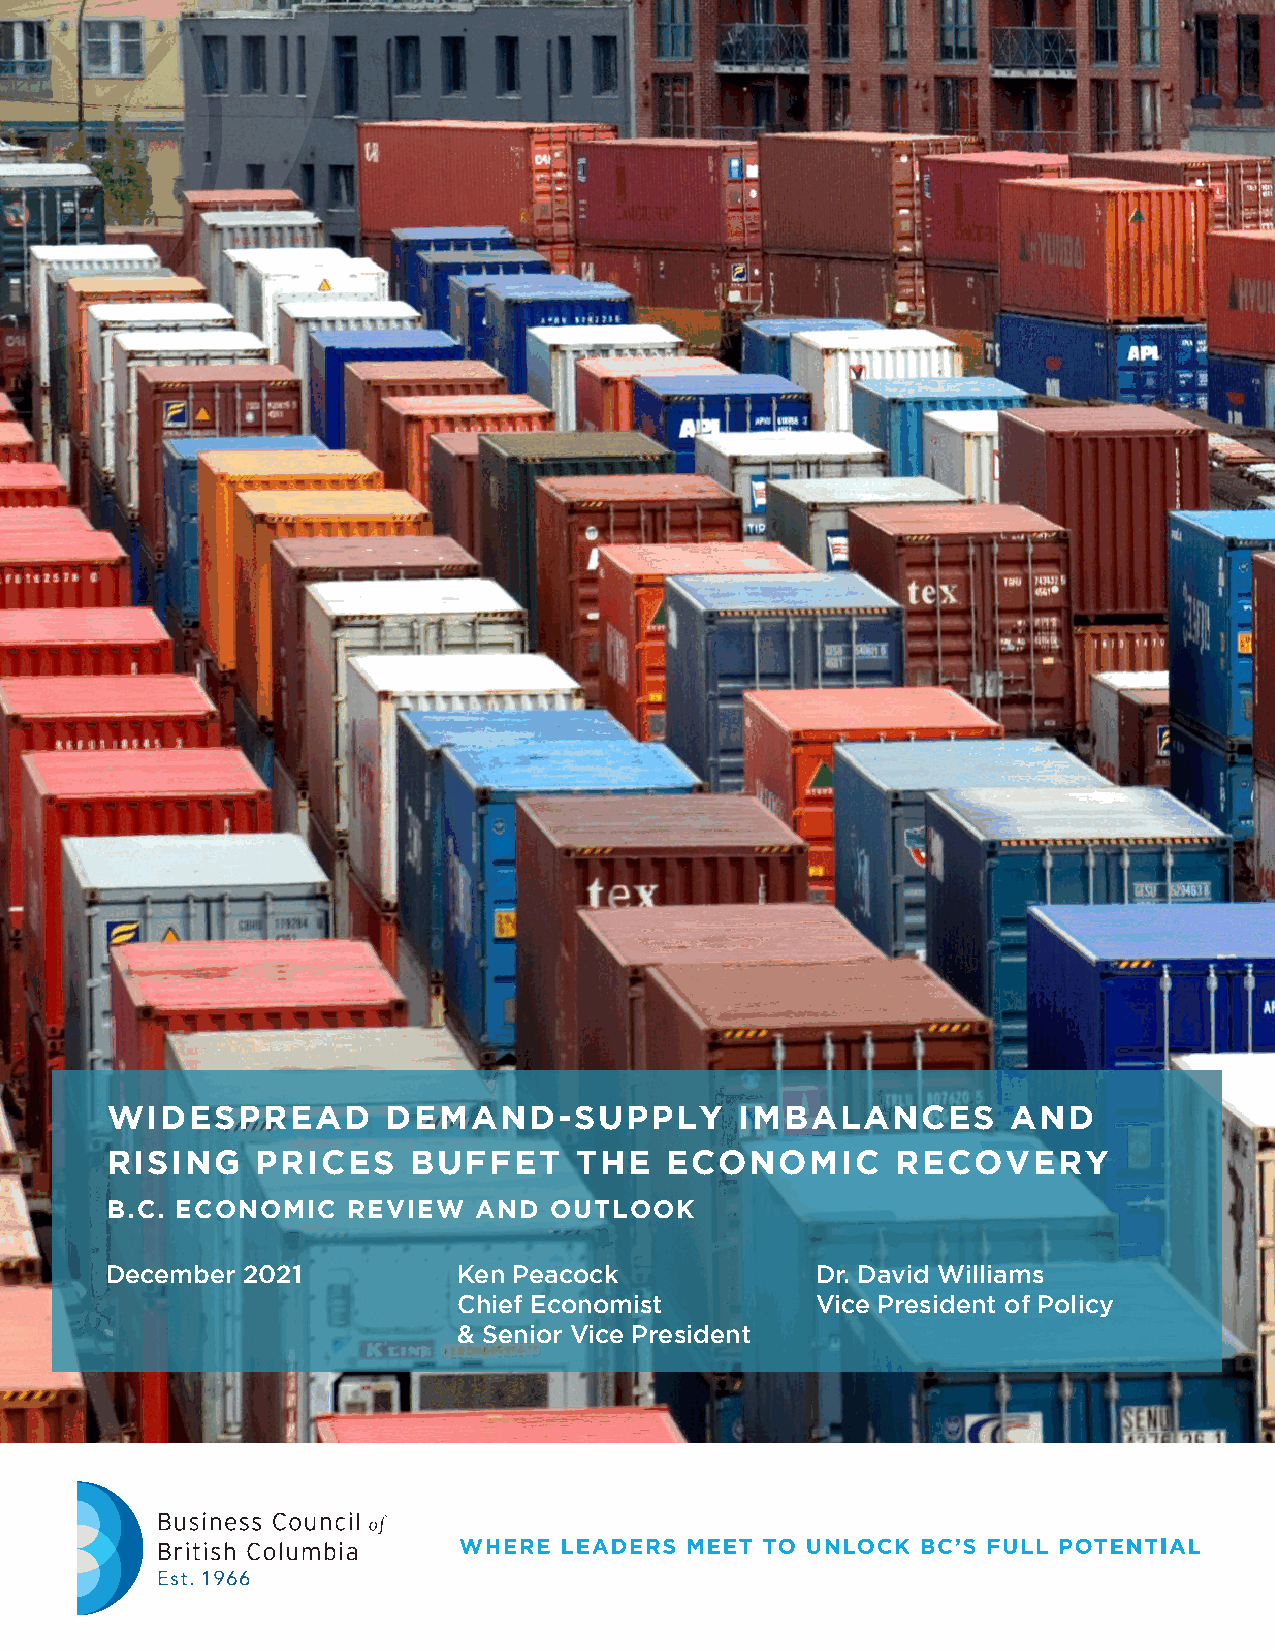
WIDESPREAD         DEMAND-SUPPLY          IMBALANCES        AND
 RISING    PRICES    BUFFET     THE   ECONOMIC       RECOVERY
 B.C. ECONOMIC   REVIEW  AND  OUTLOOK
 December 2021          Ken Peacock             Dr. David Williams
 Chief Economist         Vice President of Policy
 & Senior Vice President